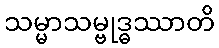
သမ္မာသမ္ဗုဒ္ဓဿာတိ